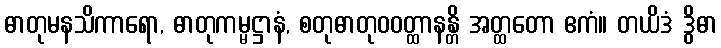
ဓာတုမနသိကာရော, ဓာတုကမ္မဋ္ဌာနံ, စတုဓာတုဝဝတ္ထာနန္တိ အတ္ထတော ဧကံ။ တယိဒံ ဒွိဓာ